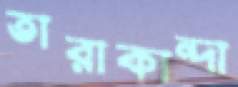
তারাকান্দা